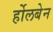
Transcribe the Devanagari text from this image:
र्होलबेन